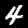
Label: 4